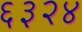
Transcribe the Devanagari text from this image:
६३२४